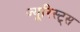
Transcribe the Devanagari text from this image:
ज्यूरिस्ट्स